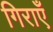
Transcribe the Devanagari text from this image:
गिराएँ